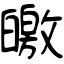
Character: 皦